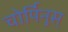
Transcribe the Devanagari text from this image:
चोर्पिनुस्